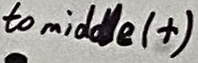
Text: to middle (+)